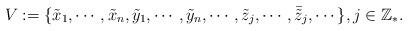
LaTeX: \begin{align*}V:=\{\tilde{x}_1,\cdots,\tilde{x}_n,\tilde{y}_1,\cdots, \tilde{y}_n,\cdots,\tilde{z}_j,\cdots,\bar{{\tilde z}}_j,\cdots\},j\in\mathbb{Z}_*.\end{align*}